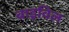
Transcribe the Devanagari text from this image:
बाइविल